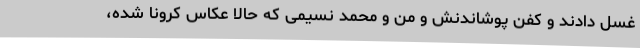
غسل دادند و کفن پوشاندنش و من و محمد نسیمی که حالا عکاس کرونا شده،